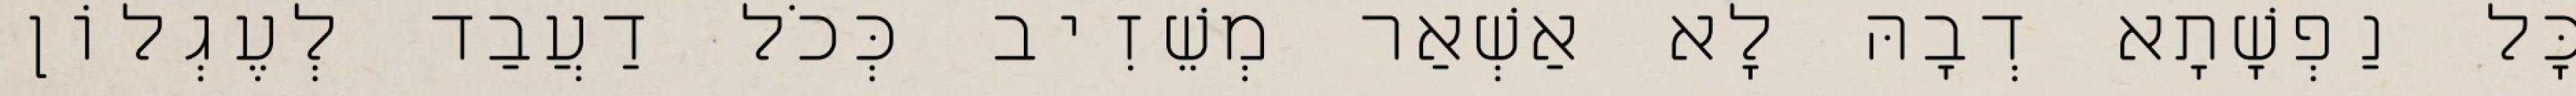
כָּל נַפְשָׁתָא דְבָהּ לָא אַשְׁאַר מְשֵׁזִיב כְּכֹל דַעֲבַד לְעֶגְלוֹן